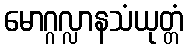
မောဂ္ဂလ္လာနသံယုတ္တံ